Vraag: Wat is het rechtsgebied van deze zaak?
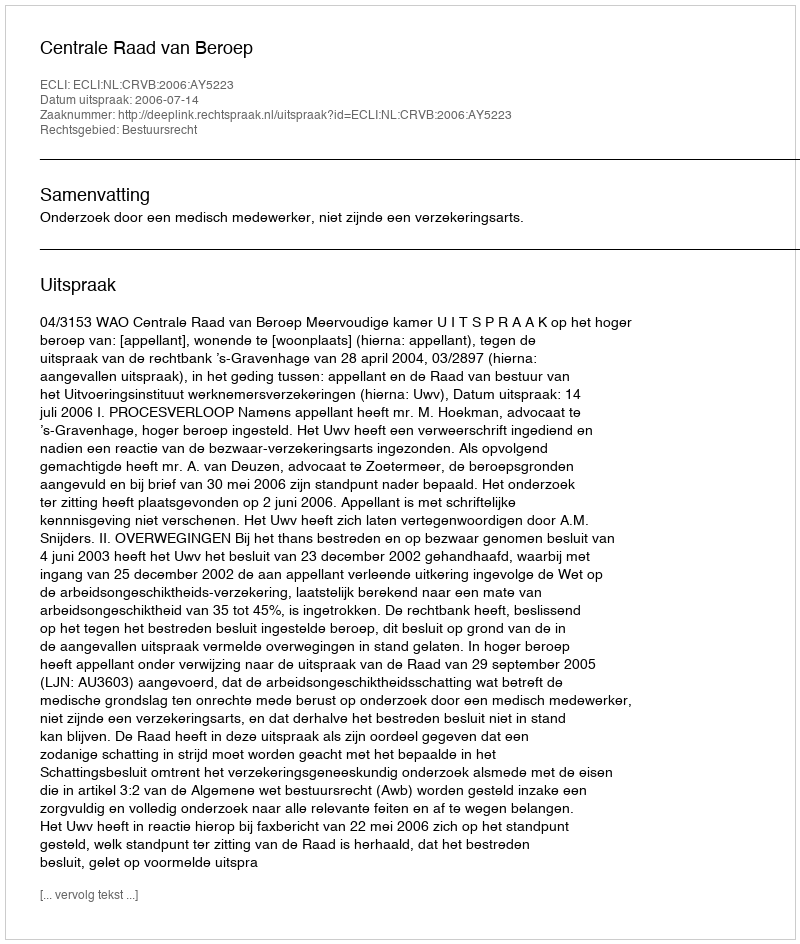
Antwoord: Bestuursrecht